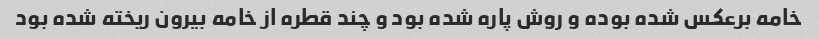
خامه برعکس شده بوده و روش پاره شده بود و چند قطره از خامه بیرون ریخته شده بود